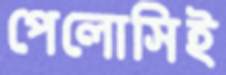
পেলোসিই